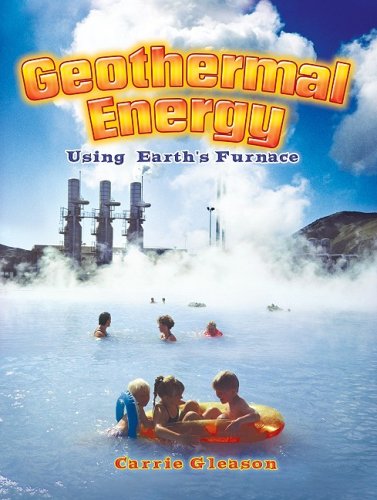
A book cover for Geothermal Energy: Using Earth's Furnace (Energy Revolution); Carrie Gleason; Children's Books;